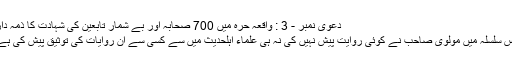
دعویٰ نمبر - 3 : واقعہ حرّہ میں 700 صحابہ اور بے شمار تابعین کی شہادت کا ذمہ دار
اس سلسلہ میں مولوی صاحب نے کوئی روایت پیش نہیں کی نہ ہی علماء اہلحدیث میں سے کسی سے ان روایات کی توثیق پیش کی ہے۔